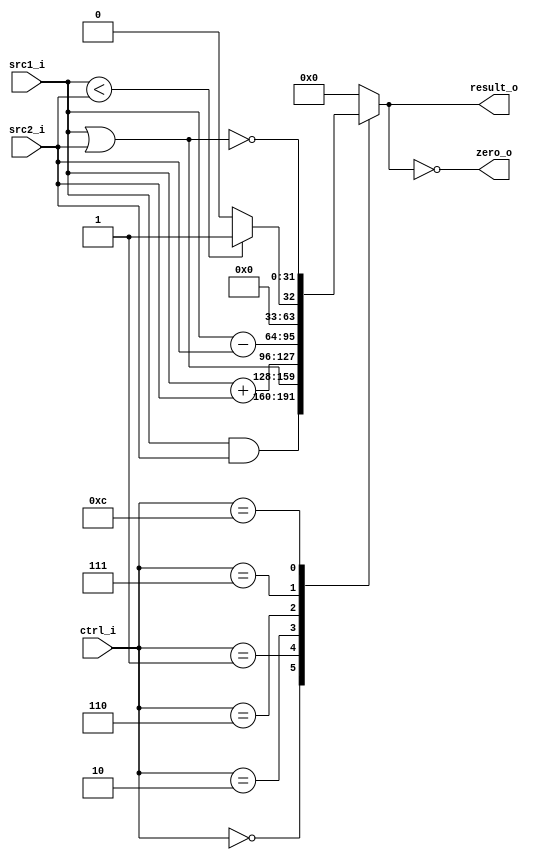
//Subject:     CO project 2 - ALU
//--------------------------------------------------------------------------------
//Version:     1
//--------------------------------------------------------------------------------
//Writer:      110652011
//----------------------------------------------
//Date:        
//----------------------------------------------
//Description: ALU
//--------------------------------------------------------------------------------
`timescale 1ns/1ps
module ALU(
    src1_i,
	src2_i,
	ctrl_i,
	result_o,
	zero_o
	);
     
//I/O ports
input signed [32-1:0]  src1_i;
input signed [32-1:0]  src2_i;
input  [4-1:0]   ctrl_i;

output [32-1:0]	 result_o;
output           zero_o;

//Internal signals
reg    [32-1:0]  result_o;
wire             zero_o;

//Parameter

//Main function

	assign zero_o = (result_o == 0);
	always @(ctrl_i, src1_i, src2_i) begin
		case (ctrl_i)
			0:	result_o <= src1_i & src2_i; 		 // and
			1:  result_o <= src1_i | src2_i; 		 // or
			2:  result_o <= src1_i + src2_i; 		 // add
			6:  result_o <= src1_i - src2_i; 		 // sub
			7:  result_o <= src1_i < src2_i ? 1 : 0; // slt
			12: result_o <= ~(src1_i | src2_i);		 // nor
			default: result_o <= 0;
		endcase
	end

endmodule